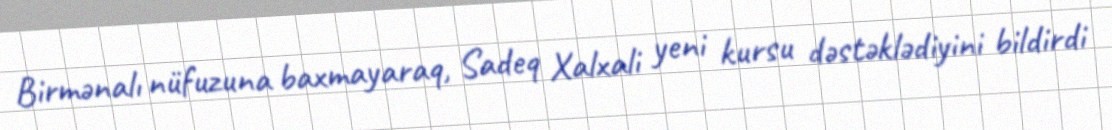
Birmənalı nüfuzuna baxmayaraq, Sadeq Xalxali yeni kursu dəstəklədiyini bildirdi